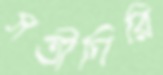
সতীগিরি